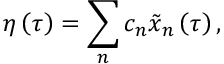
\eta \left( \tau \right) = \sum _ { n } c _ { n } \tilde { x } _ { n } \left( \tau \right) ,